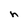
Character: h